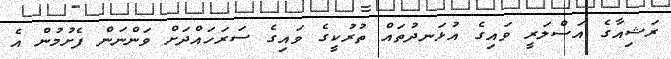
ރަޝިއާގެ އަސްލަރީ ވައިގެ އުޅަނދުތައް ތުރުކީގެ ވައިގެ ސަރަހައްދަށް ވަންނަން ފެށުމުން އެ